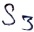
Text: S3